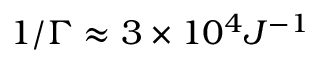
1 / \Gamma \approx 3 \times 1 0 ^ { 4 } J ^ { - 1 }